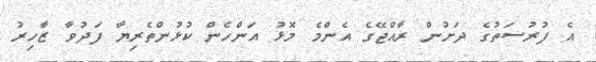
އެ ފުރުސަތުގެ ދަށުން ރާއްޖޭގެ އެންމެ މޮޅު އަންހެން ކުޅުންތެރިޔާ ފަދުވާ ޒާހިރު